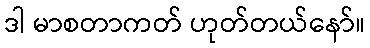
ဒါ မာစတာကတ် ဟုတ်တယ်နော်။